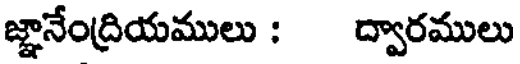
జ్ఞానేంద్రియములు : ద్వారములు